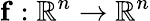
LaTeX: \mathbf{f}:\mathbb{R}^{n}\rightarrow\mathbb{R}^{n}